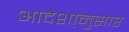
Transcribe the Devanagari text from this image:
आदेशा्नुसार